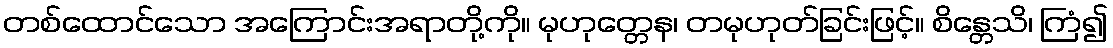
တစ်ထောင်သော အကြောင်းအရာတို့ကို။ မုဟုတ္တေန၊ တမုဟုတ်ခြင်းဖြင့်။ စိန္တေသိ၊ ကြံ၍